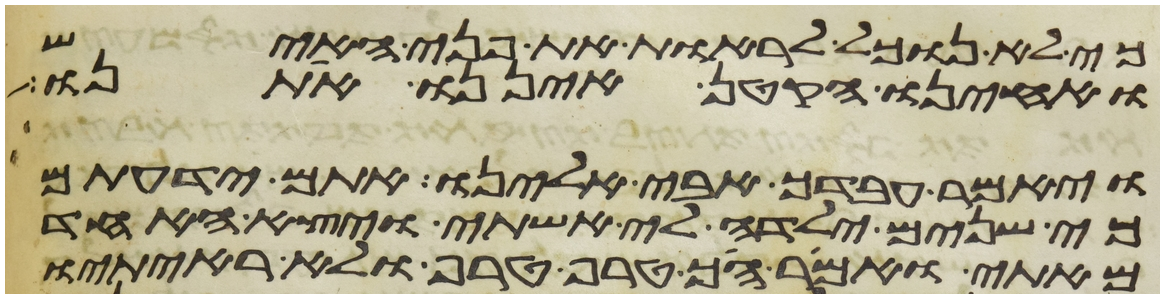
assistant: כי לא נוכל לראות את פני האיש
ואחינו הקטן איננו אתנו
ויאמר עבדך אבי אלינו אתם ידעתם
כי שנים ילדה לי אשתי ויצא האחד
מאתי ואמר הך טרף טרף ולא ראיתיו